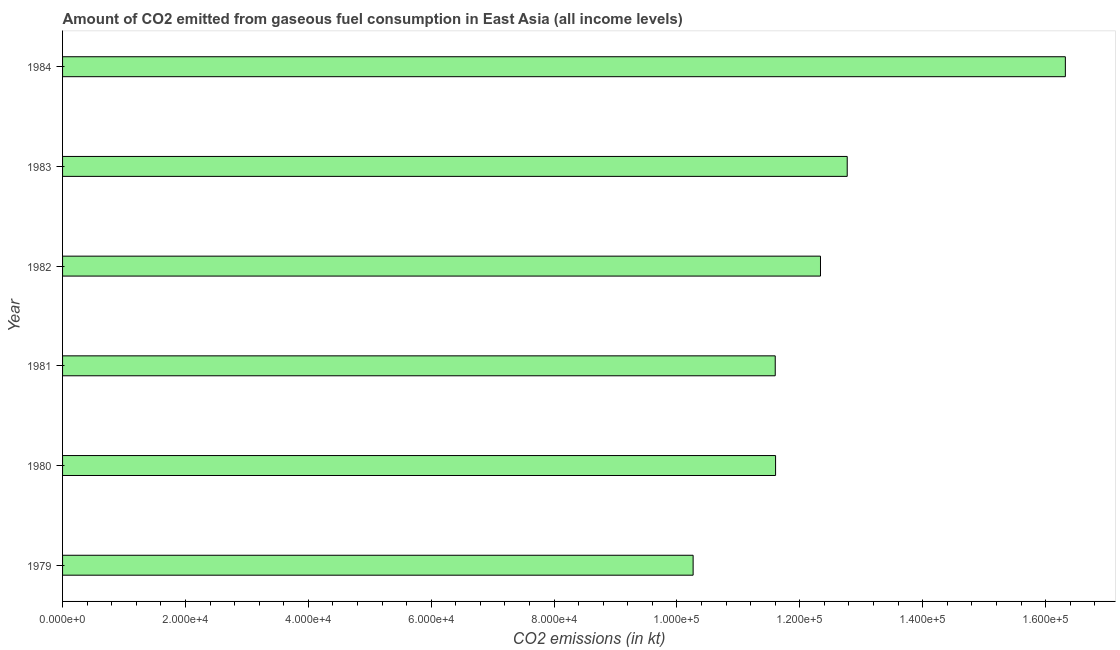
| Year | CO2 emissions from gaseous fuel consumption |
 | --- | --- |
 | 1979 | 1.03e+05 |
 | 1980 | 1.16e+05 |
 | 1981 | 1.16e+05 |
 | 1982 | 1.23e+05 |
 | 1983 | 1.28e+05 |
 | 1984 | 1.63e+05 |